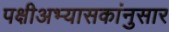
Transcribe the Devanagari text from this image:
पक्षीअभ्यासकांनुसार